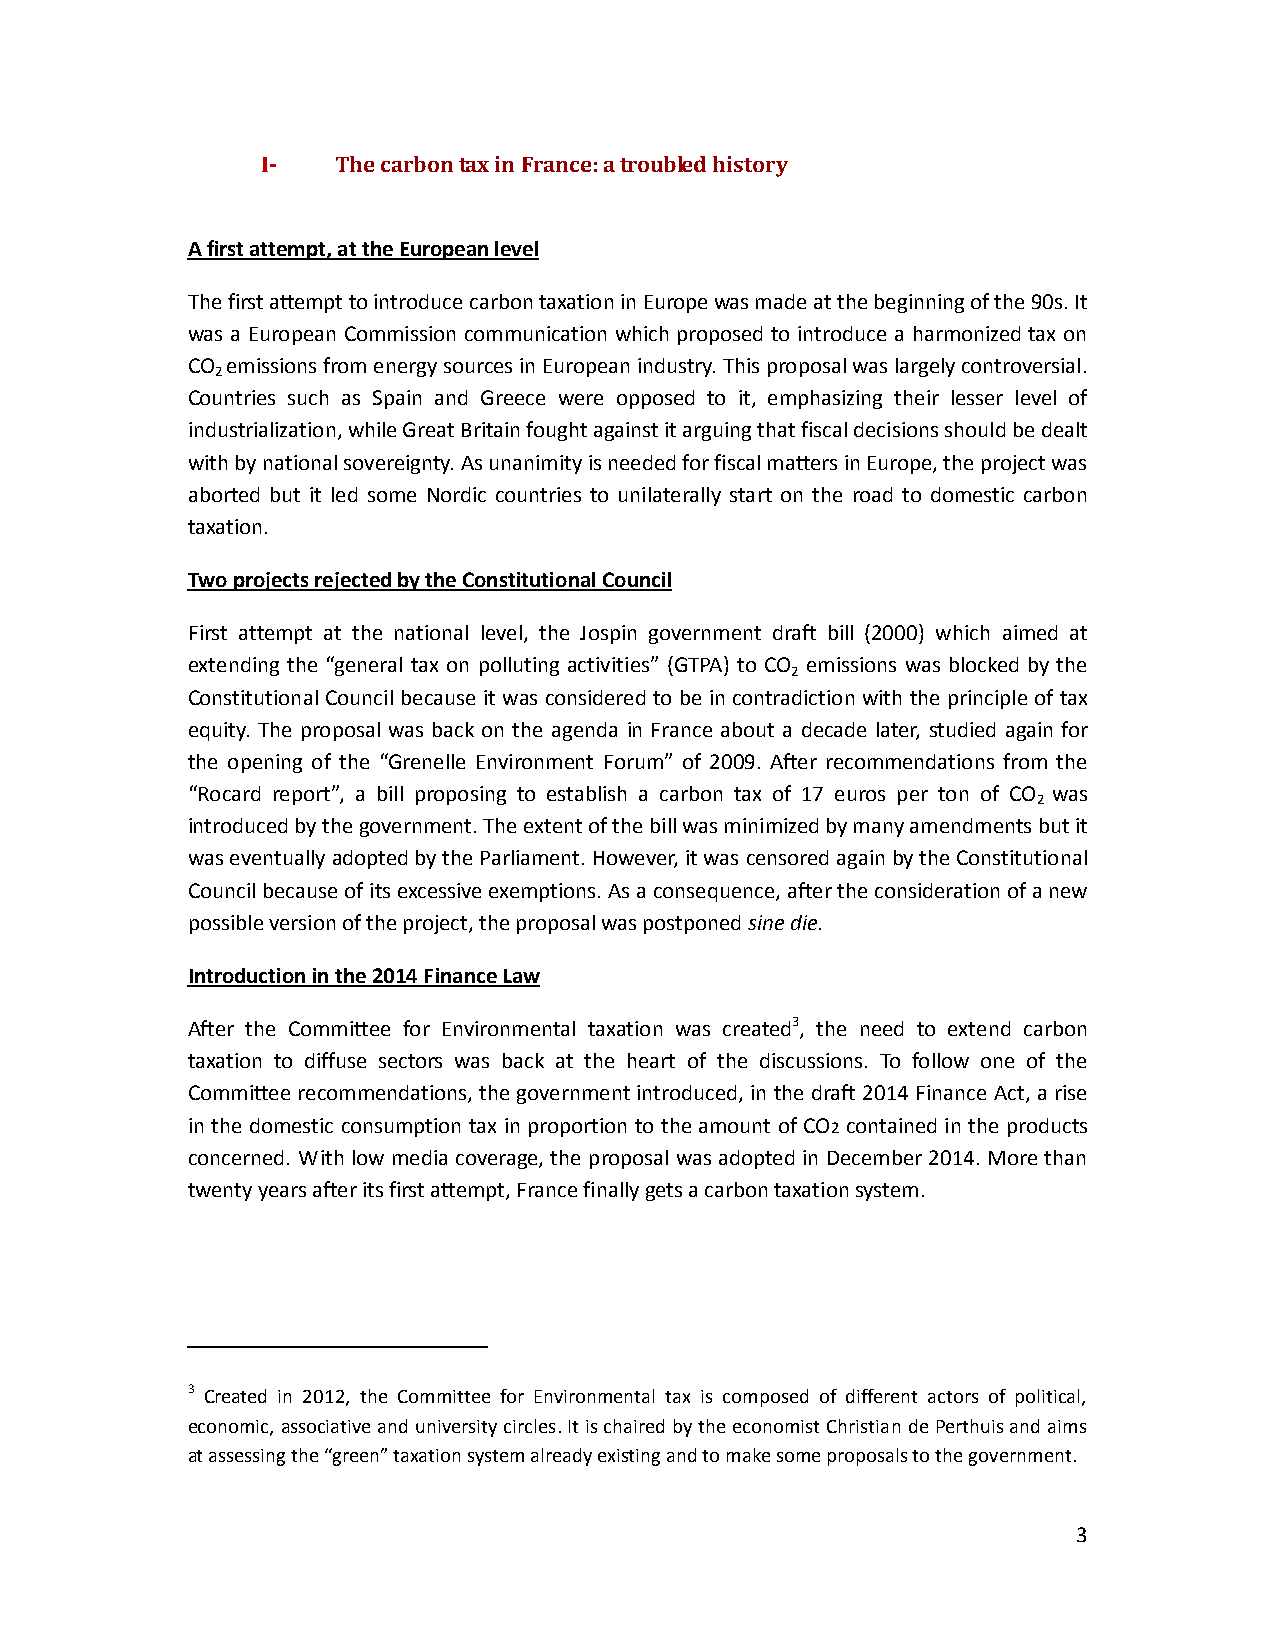
I-   The carbon tax in France: a troubled history
 A first attempt, at the European level
 The first attempt to introduce carbon taxation in Europe was made at the beginning of the 90s. It
 was a European Commission communication which proposed to introduce a harmonized tax on
 CO emissions from energy sources in European industry. This proposal was largely controversial.
 2
 Countries such as Spain and Greece were opposed to it, emphasizing their lesser level of
 industrialization, while Great Britain fought against it arguing that fiscal decisions should be dealt
 with by national sovereignty. As unanimity is needed for fiscal matters in Europe, the project was
 aborted but it led some Nordic countries to unilaterally start on the road to domestic carbon
 taxation.
 Two projects rejected by the Constitutional Council
 First attempt at the national level, the Jospin government draft bill (2000) which aimed at
 extending the “general tax on polluting activities” (GTPA) to CO emissions was blocked by the
 2
 Constitutional Council because it was considered to be in contradiction with the principle of tax
 equity. The proposal was back on the agenda in France about a decade later, studied again for
 the opening of the “Grenelle Environment Forum” of 2009. After recommendations from the
 “Rocard report”, a bill proposing to establish a carbon tax of 17 euros per ton of CO was
 2
 introduced by the government. The extent of the bill was minimized by many amendments but it
 was eventually adopted by the Parliament. However, it was censored again by the Constitutional
 Council because of its excessive exemptions. As a consequence, after the consideration of a new
 possible version of the project, the proposal was postponed sine die.
 Introduction in the 2014 Finance Law
 After the Committee for Environmental taxation was created3, the need to extend carbon
 taxation to diffuse sectors was back at the heart of the discussions. To follow one of the
 Committee recommendations, the government introduced, in the draft 2014 Finance Act, a rise
 in the domestic consumption tax in proportion to the amount of CO2 contained in the products
 concerned. With low media coverage, the proposal was adopted in December 2014. More than
 twenty years after its first attempt, France finally gets a carbon taxation system.
 3 Created in 2012, the Committee for Environmental tax is composed of different actors of political,
 economic, associative and university circles. It is chaired by the economist Christian de Perthuis and aims
 at assessing the “green” taxation system already existing and to make some proposals to the government.
 3